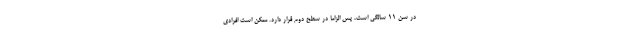
در سن 11 سالگی است، پس الزاماً در سطح دوم قرار دارد. ممکن است افرادی